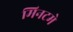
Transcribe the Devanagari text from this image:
मिनटमे